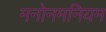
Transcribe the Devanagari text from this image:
मनोनमनियम